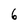
Character: 6